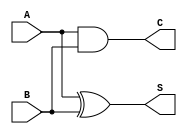
module threshold_half_adder (
    input wire A,  // First binary input
    input wire B,  // Second binary input
    output wire S, // Sum output
    output wire C  // Carry output
);

// Sum output (S) is 1 if exactly one of A or B is 1
assign S = (A ^ B); // XOR operation

// Carry output (C) is 1 if both A and B are 1
assign C = (A & B); // AND operation

endmodule